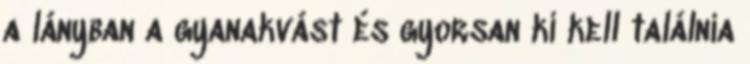
a lányban a gyanakvást és gyorsan ki kell találnia